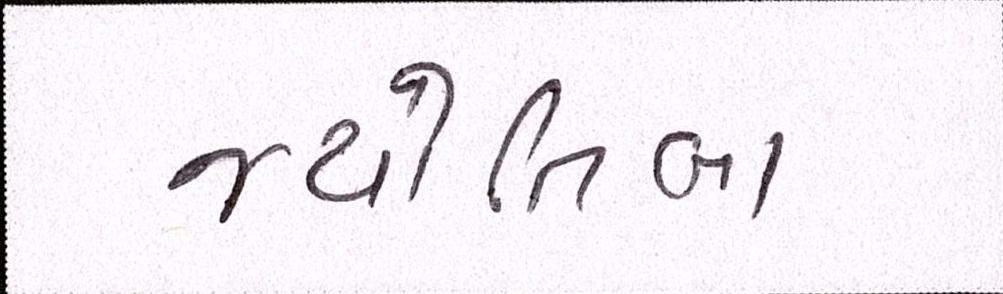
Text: જ્યોતિબા